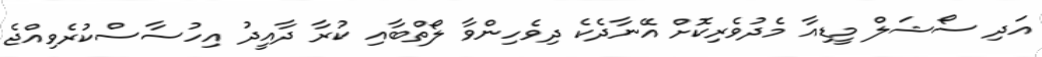
އަދި ސޯޝަލް މީޑިއާ މެދުވެރިކޮށް އޭނާދެކެ ދިވެހިންވާ ލޯތްބާއި ކުރާ ދާއީދު އިހުސާސްކުރެވިއްޖެ